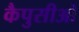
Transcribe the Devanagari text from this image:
कैपुसीओ